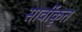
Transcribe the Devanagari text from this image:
सार्वीकृत